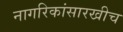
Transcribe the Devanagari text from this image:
नागरिकांसारखीच